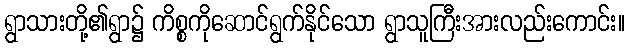
ရွာသားတို့၏ရွာ၌ ကိစ္စကိုဆောင်ရွက်နိုင်သော ရွာသူကြီးအားလည်းကောင်း။